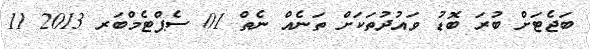
ބަޖެޓަށް ބުރަ ބޮޑު ވައުދުތަކަށް ތަނެއް ނެތް 01 ސެޕްޓެމްބަރ 2013 11